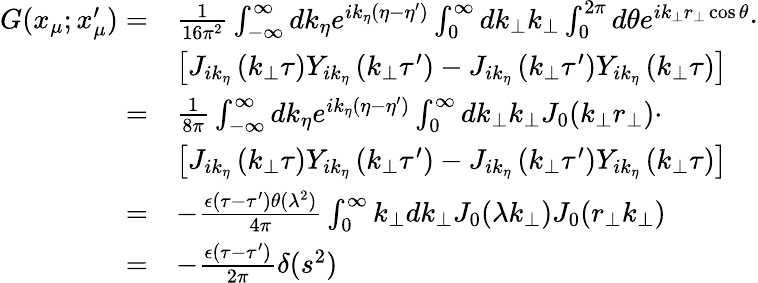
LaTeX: \begin{array}{rl}{G(x_{\mu};x_{\mu}^{\prime})=}&{\frac{1}{16\pi^{2}}\int_{-\infty}^{\infty}dk_{\eta}e^{ik_{\eta}(\eta-\eta^{\prime})}\int_{0}^{\infty}dk_{\bot}k_{\bot}\int_{0}^{2\pi}d\theta e^{ik_{\bot}r_{\bot}\cos\theta}\cdot}\\ &{\left[J_{ik_{\eta}}\left(k_{\bot}\tau\right)Y_{ik_{\eta}}\left(k_{\bot}\tau^{\prime}\right)-J_{ik_{\eta}}\left(k_{\bot}\tau^{\prime}\right)Y_{ik_{\eta}}\left(k_{\bot}\tau\right)\right]}\\ {=}&{\frac{1}{8\pi}\int_{-\infty}^{\infty}dk_{\eta}e^{ik_{\eta}(\eta-\eta^{\prime})}\int_{0}^{\infty}dk_{\bot}k_{\bot}J_{0}(k_{\bot}r_{\bot})\cdot}\\ &{\left[J_{ik_{\eta}}\left(k_{\bot}\tau\right)Y_{ik_{\eta}}\left(k_{\bot}\tau^{\prime}\right)-J_{ik_{\eta}}\left(k_{\bot}\tau^{\prime}\right)Y_{ik_{\eta}}\left(k_{\bot}\tau\right)\right]}\\ {=}&{-\frac{\epsilon(\tau-\tau^{\prime})\theta(\lambda^{2})}{4\pi}\int_{0}^{\infty}k_{\bot}dk_{\bot}J_{0}(\lambda k_{\bot})J_{0}(r_{\bot}k_{\bot})}\\ {=}&{-\frac{\epsilon(\tau-\tau^{\prime})}{2\pi}\delta(s^{2})}\end{array}